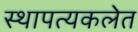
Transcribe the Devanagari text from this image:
स्थापत्यकलेत